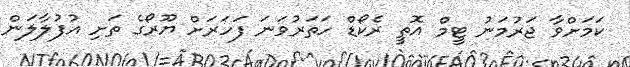
ކަމަށްވާ ޖަރުމަނު ޓީމް އޮތީ ރެކޯޑް ހަތަރުވަނަ ފަހަރަށް ޔޫރޯގެ ތަށި އުފުލާލަން